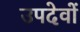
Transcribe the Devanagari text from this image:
उपदेवों